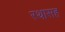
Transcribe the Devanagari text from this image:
रथासह